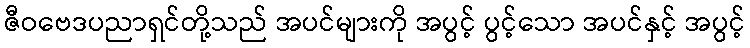
ဇီဝဗေဒပညာရှင်တို့သည် အပင်များကို အပွင့် ပွင့်သော အပင်နှင့် အပွင့်